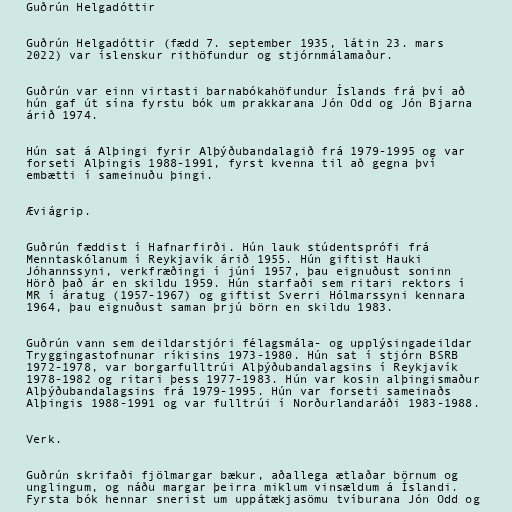
Guðrún Helgadóttir

Guðrún Helgadóttir (fædd 7. september 1935, látin 23. mars
2022) var íslenskur rithöfundur og stjórnmálamaður.

Guðrún var einn virtasti barnabókahöfundur Íslands frá því að
hún gaf út sína fyrstu bók um prakkarana Jón Odd og Jón Bjarna
árið 1974.

Hún sat á Alþingi fyrir Alþýðubandalagið frá 1979-1995 og var
forseti Alþingis 1988-1991, fyrst kvenna til að gegna því
embætti í sameinuðu þingi.

Æviágrip.

Guðrún fæddist í Hafnarfirði. Hún lauk stúdentsprófi frá
Menntaskólanum í Reykjavík árið 1955. Hún giftist Hauki
Jóhannssyni, verkfræðingi í júní 1957, þau eignuðust soninn
Hörð það ár en skildu 1959. Hún starfaði sem ritari rektors í
MR í áratug (1957-1967) og giftist Sverri Hólmarssyni kennara
1964, þau eignuðust saman þrjú börn en skildu 1983.

Guðrún vann sem deildarstjóri félagsmála- og upplýsingadeildar
Tryggingastofnunar ríkisins 1973-1980. Hún sat í stjórn BSRB
1972-1978, var borgarfulltrúi Alþýðubandalagsins í Reykjavík
1978-1982 og ritari þess 1977-1983. Hún var kosin alþingismaður
Alþýðubandalagsins frá 1979-1995. Hún var forseti sameinaðs
Alþingis 1988-1991 og var fulltrúi í Norðurlandaráði 1983-1988.

Verk.

Guðrún skrifaði fjölmargar bækur, aðallega ætlaðar börnum og
unglingum, og náðu margar þeirra miklum vinsældum á Íslandi.
Fyrsta bók hennar snerist um uppátækjasömu tvíburana Jón Odd og